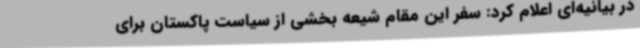
در بیانیه‌ای اعلام کرد: سفر این مقام شیعه بخشی از سیاست پاکستان برای